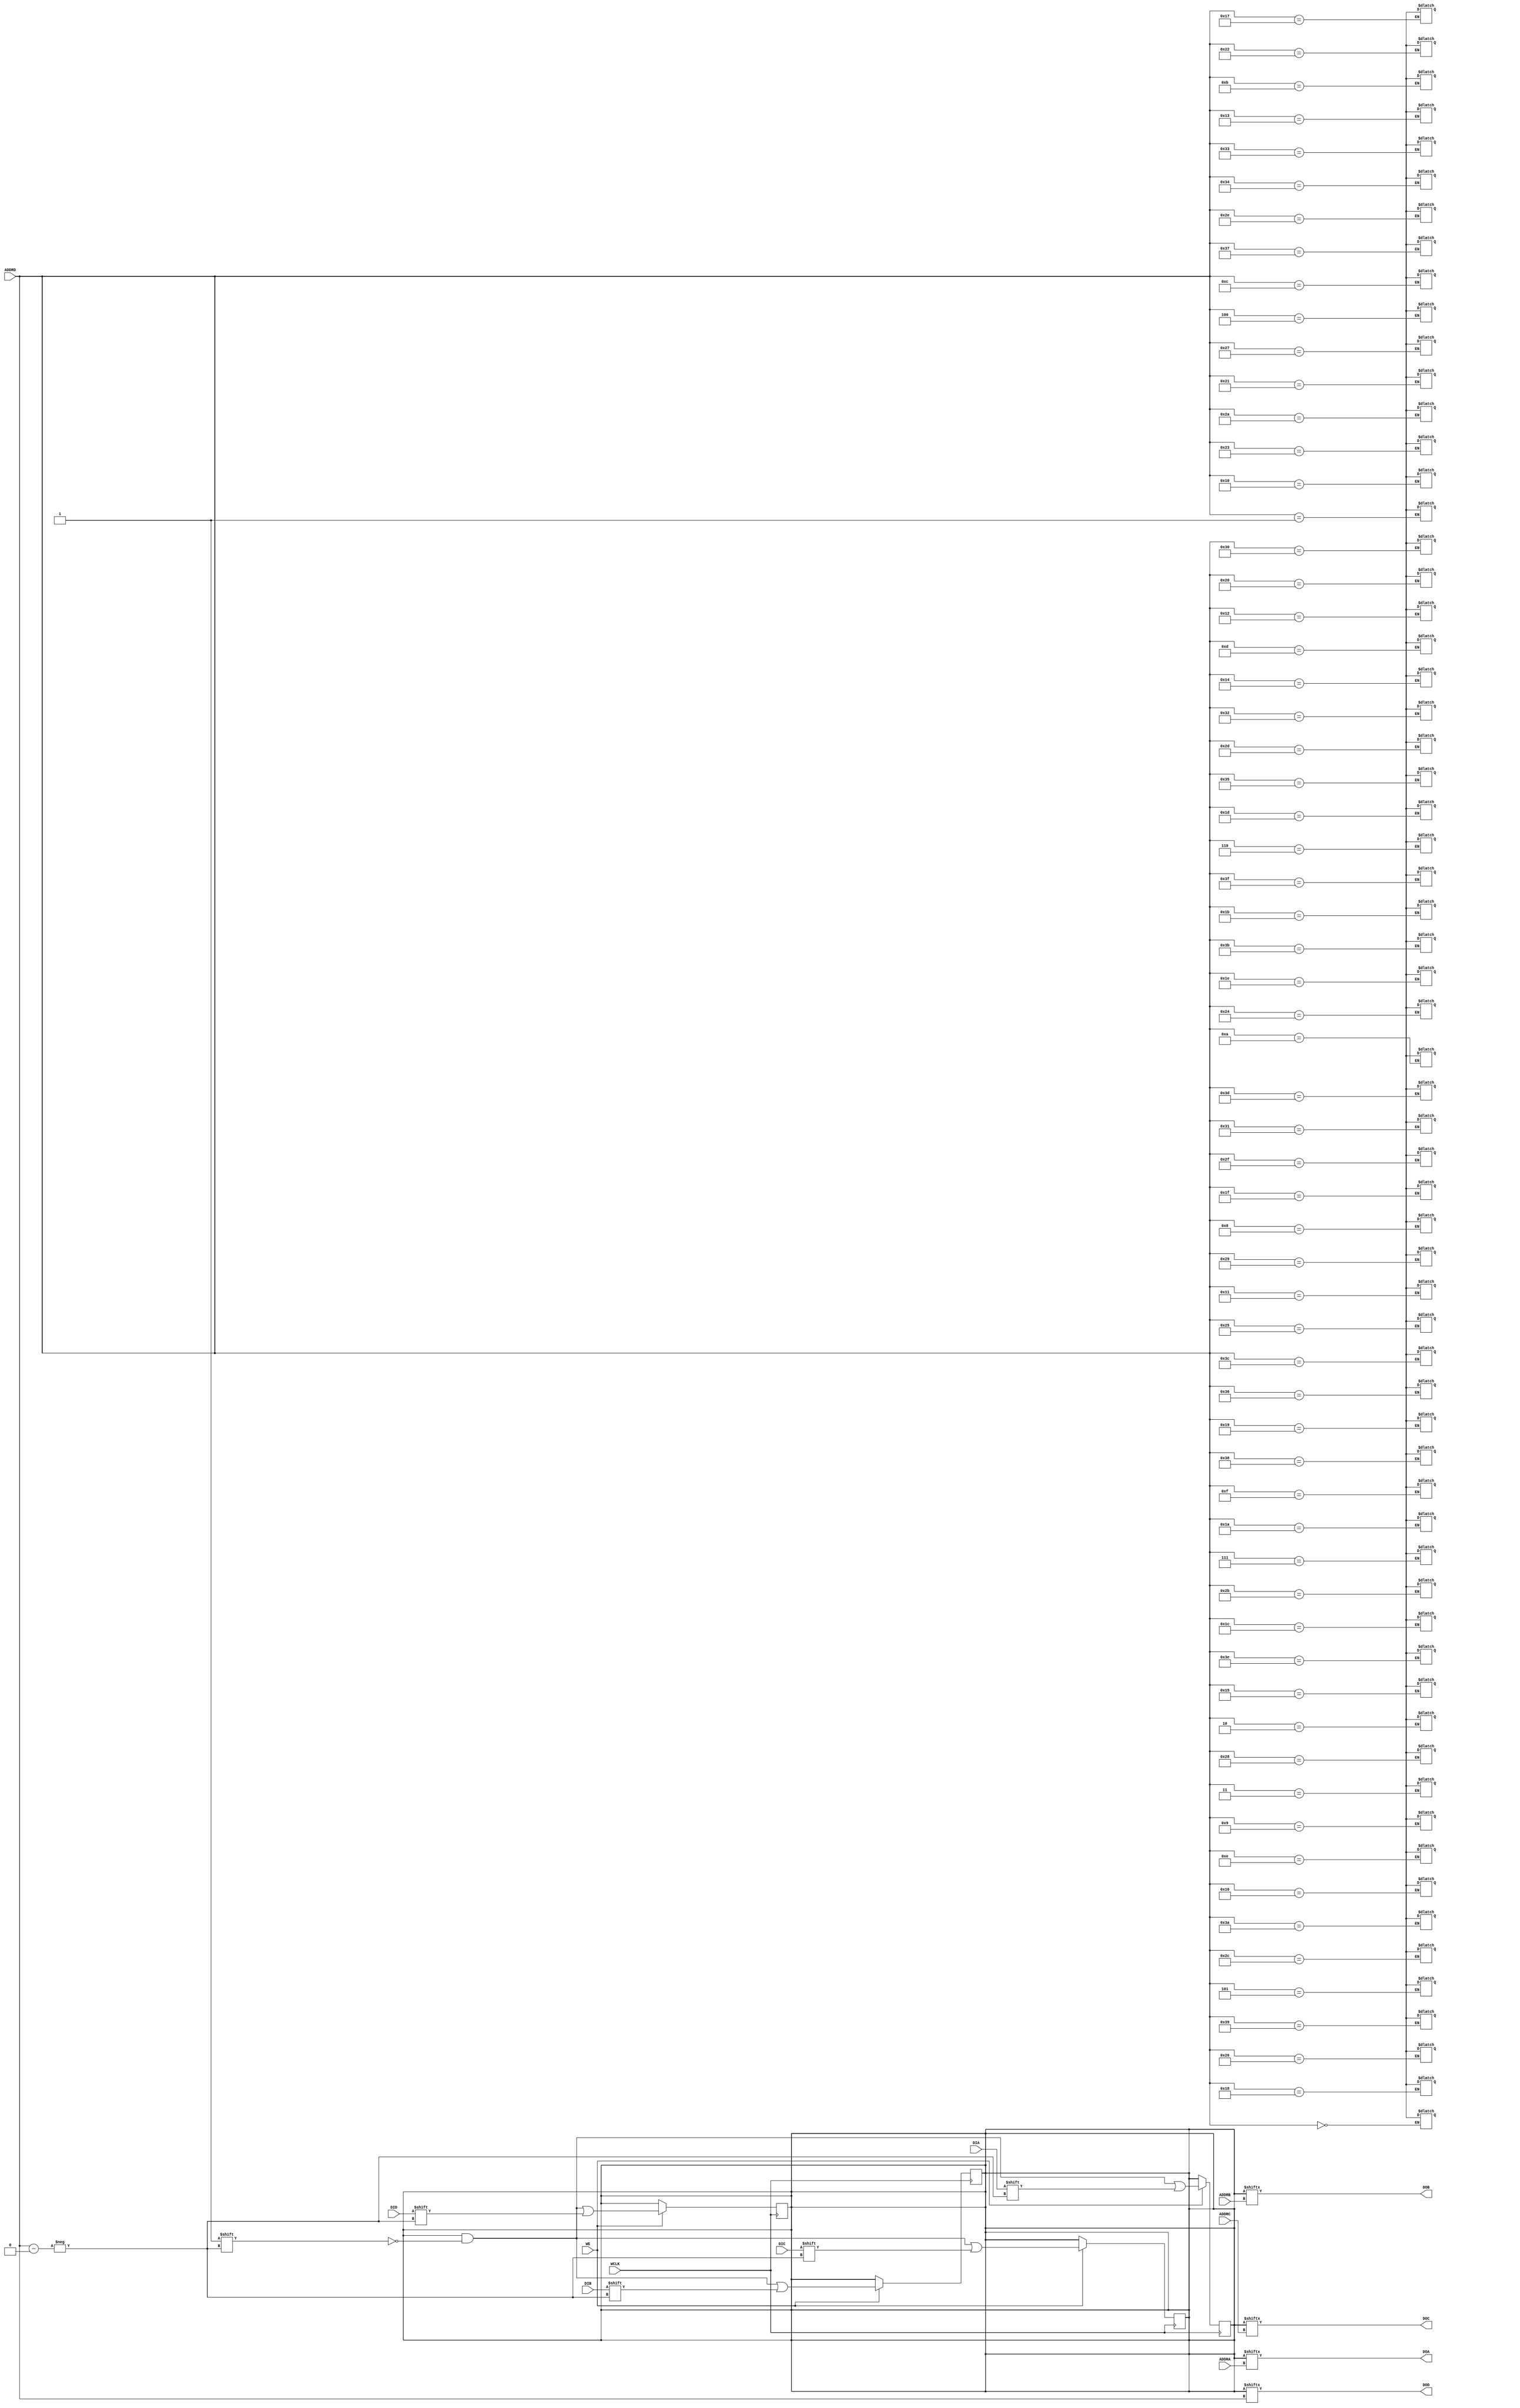
// $Header: /devl/xcs/repo/env/Databases/CAEInterfaces/verunilibs/data/rainier/RAM64M.v,v 1.4.38.1 2007/03/09 18:12:56 patrickp Exp $
///////////////////////////////////////////////////////////////////////////////
// Copyright (c) 1995/2004 Xilinx, Inc.
// All Right Reserved.
///////////////////////////////////////////////////////////////////////////////
//   ____  ____
//  /   /\/   /
// /___/  \  /    Vendor : Xilinx
// \   \   \/     Version : 8.2i (I.29)
//  \   \         Description : Xilinx Function Simulation Library Component
//  /   /                 64-Deep by 4-bit Wide Multi Port RAM 
// /___/   /\     Filename : RAM64M.v
// \   \  /  \    Timestamp : 
//  \___\/\___\
//
// Revision:
//    03/21/06 - Initial version.
// End Revision

`timescale 1 ps/1 ps

module RAM64M (DOA, DOB, DOC, DOD, ADDRA, ADDRB, ADDRC, ADDRD, DIA, DIB, DIC, DID, WCLK, WE);

  parameter  INIT_A = 64'h0000000000000000;
  parameter  INIT_B = 64'h0000000000000000;
  parameter  INIT_C = 64'h0000000000000000;
  parameter  INIT_D = 64'h0000000000000000;

  output  DOA;
  output  DOB;
  output  DOC;
  output  DOD;
  input [5:0] ADDRA;
  input [5:0] ADDRB;
  input [5:0] ADDRC;
  input [5:0] ADDRD;
  input  DIA;
  input  DIB;
  input  DIC;
  input  DID;
  input WCLK;
  input WE;

  reg [63:0] mem_a, mem_b, mem_c, mem_d;
  reg notifier;

  initial begin
    mem_a = INIT_A;
    mem_b = INIT_B;
    mem_c = INIT_C;
    mem_d = INIT_D;
  end

  always @(posedge WCLK)
    if (WE) begin
      mem_a[ADDRD] <= #100 DIA;
      mem_b[ADDRD] <= #100 DIB;
      mem_c[ADDRD] <= #100 DIC;
      mem_d[ADDRD] <= #100 DID;
  end

   assign  DOA = mem_a[ADDRA];
   assign  DOB = mem_b[ADDRB];
   assign  DOC = mem_c[ADDRC];
   assign  DOD = mem_d[ADDRD];

  always @(notifier) begin
      mem_a[ADDRD] <= 1'bx;
      mem_b[ADDRD] <= 1'bx;
      mem_c[ADDRD] <= 1'bx;
      mem_d[ADDRD] <= 1'bx;
  end

endmodule